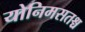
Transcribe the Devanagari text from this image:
योनिमसतश्च